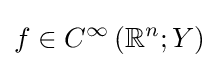
f\in C^{\infty }\left(\mathbb {R} ^{n};Y\right)